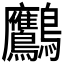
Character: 𪈾